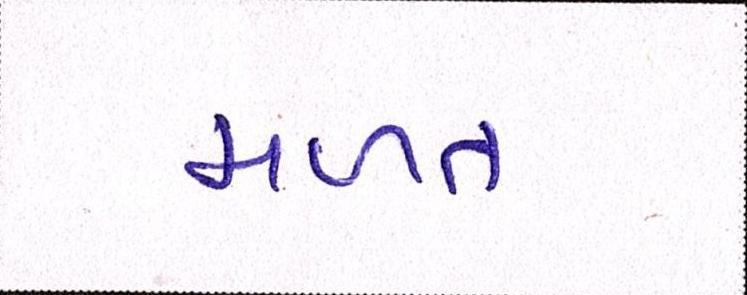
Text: મળત